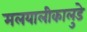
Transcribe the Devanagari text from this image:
मलयालीकालुडे